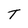
Character: T